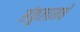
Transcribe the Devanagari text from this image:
संकुलामधे